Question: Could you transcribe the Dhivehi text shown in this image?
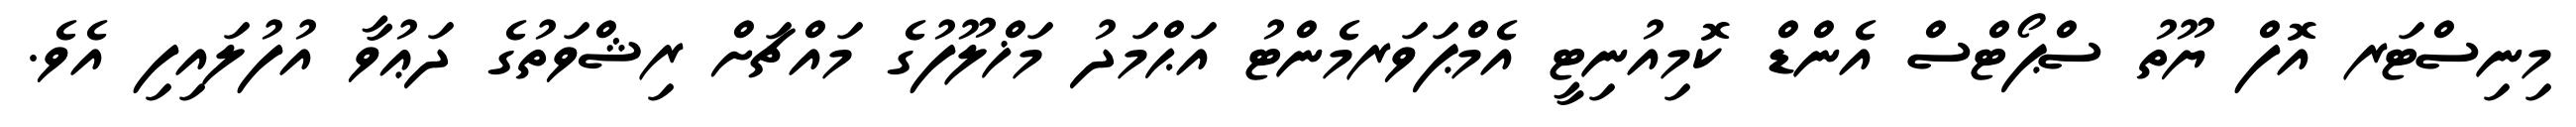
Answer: މިނިސްޓަރ އޮފް ޔޫތު ސްޕޯޓްސް އެންޑް ކޮމިއުނިޓީ އެމްޕަވަރމެންޓު އަޙްމަދު މަޚްލޫފުގެ މައްޗަށް ރިޝްވަތުގެ ދަޢުވާ އުފުލައިފި އެވެ.